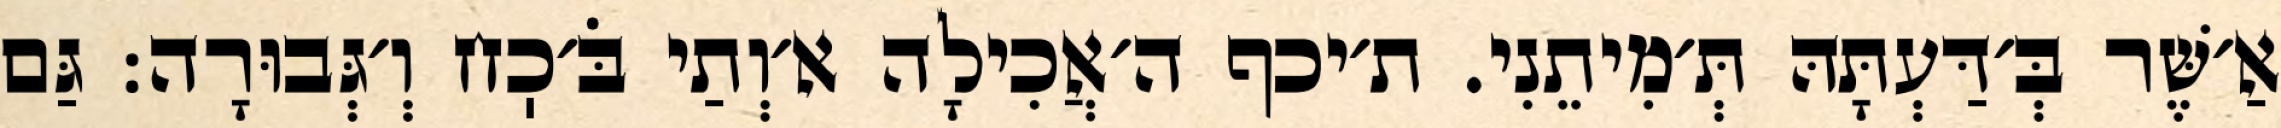
אַ׳שֶּׁר בְּ׳דַּעְתָּהּ תְּ׳מִיתֵנִי. ת׳יכף ה׳אֲכִילָה א׳וְתַי בֹּ׳כֽח וְ׳גְּבוּרָה: גַּם